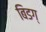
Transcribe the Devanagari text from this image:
बिडग्